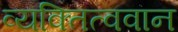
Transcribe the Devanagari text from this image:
व्यक्तित्ववान